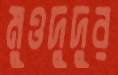
মুওদুদুর